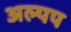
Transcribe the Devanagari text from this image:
अल्पप